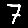
Digit: 7